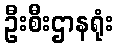
ဦးစီးဌာနရုံး